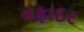
વફાદર